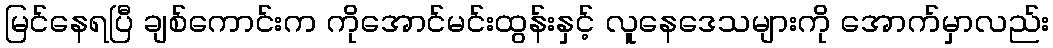
မြင်နေရပြီ ချစ်ကောင်းက ကိုအောင်မင်းထွန်းနှင့် လူနေဒေသများကို အောက်မှာလည်း